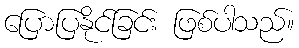
ပြောပြနိုင်ခြင်း ဖြစ်ပါသည်။